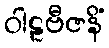
ဝါဠဗီဇနိံ